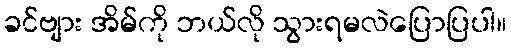
ခင်ဗျား အိမ်ကို ဘယ်လို သွားရမလဲပြောပြပါ။